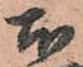
本